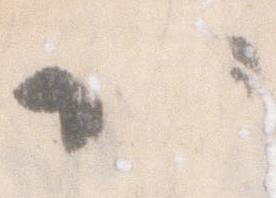
以